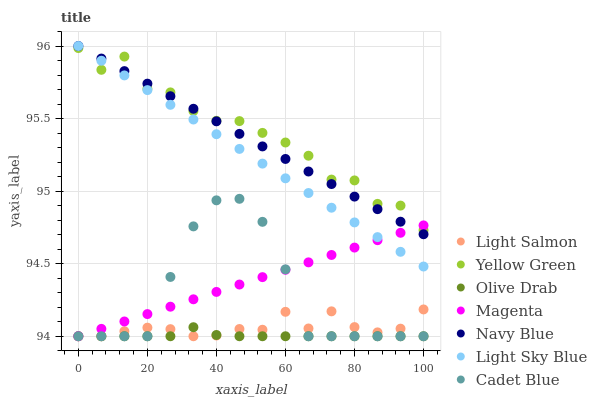
| xaxis_label | Light Salmon | Yellow Green | Olive Drab | Magenta | Navy Blue | Light Sky Blue | Cadet Blue |
 | --- | --- | --- | --- | --- | --- | --- | --- |
 | 0 | 94 | 96 | 94 | 94 | 96 | 96 | 94 |
 | 6.67 | 94 | 95.8 | 94 | 94.1 | 95.9 | 95.9 | 94 |
 | 13.3 | 94 | 95.9 | 94 | 94.1 | 95.8 | 95.8 | 94 |
 | 20 | 94.1 | 95.7 | 94 | 94.2 | 95.7 | 95.7 | 94 |
 | 26.7 | 94 | 95.7 | 94 | 94.2 | 95.7 | 95.6 | 94.4 |
 | 33.3 | 94 | 95.6 | 94.1 | 94.3 | 95.6 | 95.5 | 94.8 |
 | 40 | 94 | 95.5 | 94 | 94.3 | 95.5 | 95.4 | 94.9 |
 | 46.7 | 94 | 95.5 | 94 | 94.4 | 95.4 | 95.3 | 94.9 |
 | 53.3 | 94 | 95.4 | 94 | 94.4 | 95.3 | 95.2 | 94.8 |
 | 60 | 94.2 | 95.3 | 94 | 94.5 | 95.2 | 95.1 | 94.5 |
 | 66.7 | 94.1 | 95.2 | 94 | 94.5 | 95.1 | 95 | 94 |
 | 73.3 | 94.2 | 95.1 | 94 | 94.6 | 95 | 94.9 | 94 |
 | 80 | 94.1 | 95.1 | 94 | 94.6 | 95 | 94.8 | 94 |
 | 86.7 | 94 | 94.9 | 94 | 94.7 | 94.9 | 94.7 | 94 |
 | 93.3 | 94.1 | 94.9 | 94 | 94.7 | 94.8 | 94.6 | 94 |
 | 100 | 94.2 | 94.7 | 94 | 94.8 | 94.7 | 94.5 | 94 |